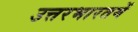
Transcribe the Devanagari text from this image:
उत्तरभारतमें